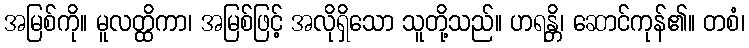
အမြစ်ကို။ မူလတ္ထိကာ၊ အမြစ်ဖြင့် အလိုရှိသော သူတို့သည်။ ဟရန္တိ၊ ဆောင်ကုန်၏။ တစံ၊